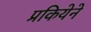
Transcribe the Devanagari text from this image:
प्रकियेने